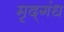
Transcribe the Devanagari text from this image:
मृद्‌गंध